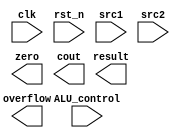
`timescale 1ns/1ps

//////////////////////////////////////////////////////////////////////////////////
// Company:
// Engineer:
//
// Design Name:
// Module Name:    alu
// Project Name:
// Target Devices:
// Tool versions:
// Description:
//
// Dependencies:
//
// Revision:
// Revision 0.01 - File Created
// Additional Comments:
//
//////////////////////////////////////////////////////////////////////////////////

module alu(
           clk,           // system clock              (input)
           rst_n,         // negative reset            (input)
           src1,          // 32 bits source 1          (input)
           src2,          // 32 bits source 2          (input)
           ALU_control,   // 4 bits ALU control input  (input)
           result,        // 32 bits result            (output)
           zero,          // 1 bit when the output is 0, zero must be set (output)
           cout,          // 1 bit carry out           (output)
           overflow       // 1 bit overflow            (output)
           );

input           clk;
input           rst_n;
input  [32-1:0] src1;
input  [32-1:0] src2;
input   [4-1:0] ALU_control;

output [32-1:0] result;
output          zero;
output          cout;
output          overflow;

reg    [32-1:0] result;
reg             zero;
reg             cout;
reg             overflow;

always@( posedge clk or negedge rst_n ) 
begin
	if(!rst_n) begin

	end
	else begin

	end
end

endmodule